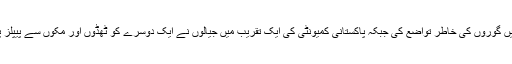
وزیر صاحب نے کلب میں گوروں کی خاطر تواضع کی جبکہ پاکستانی کمیونٹی کی ایک تقریب میں جیالوں نے ایک دوسرے کو ٹھڈوں اور مکوں سے پیپلز پارٹی کا منشور یاد کرایا۔